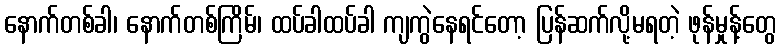
နောက်တစ်ခါ၊ နောက်တစ်ကြိမ်၊ ထပ်ခါထပ်ခါ ကျကွဲနေရင်တော့ ပြန်ဆက်လို့မရတဲ့ ဖုန်မှုန့်တွေ